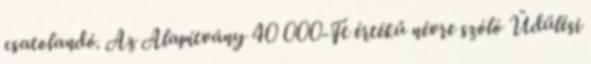
csatolandó. Az Alapítvány 40 000-Ft értékű névre szóló Üdülési